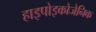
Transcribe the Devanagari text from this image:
हाइपोइकोजेनिक